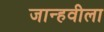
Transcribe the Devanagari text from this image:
जान्हवीला